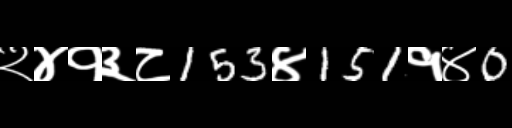
Text: २४१३८153४151१४0